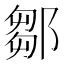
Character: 鄒